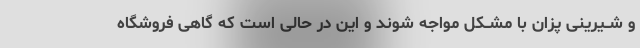
و شــیرینى پزان با مشــکل مواجه شوند و این در حالى است که گاهی فروشگاه